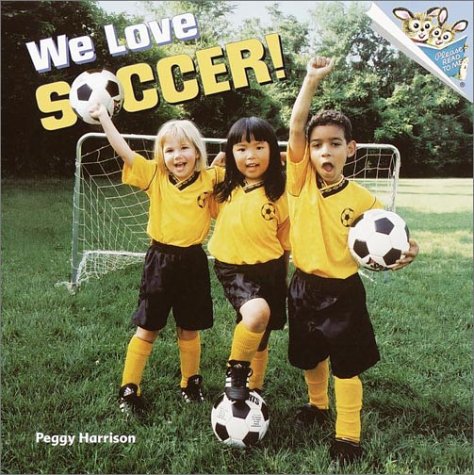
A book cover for We Love Soccer! (Pictureback(R)); Peggy Harrison; Children's Books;